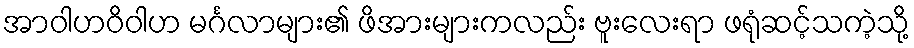
အာဝါဟဝိဝါဟ မင်္ဂလာများ၏ ဖိအားများကလည်း ဗူးလေးရာ ဖရုံဆင့်သကဲ့သို့